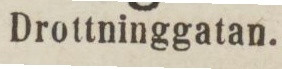
Drottninggatan.